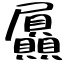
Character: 屭